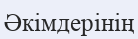
Әкімдерінің